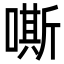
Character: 嘶